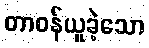
တာဝန်ယူခဲ့သော